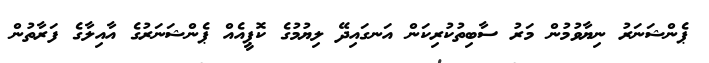
ޕެންޝަނަރު ނިޔާވުމުން މަރު ސާބިތުކުރިކަން އަނގައިދޭ ލިޔުމުގެ ކޮޕީއެއް ޕެންޝަނަރުގެ އާއިލާގެ ފަރާތުން